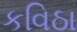
કવિઠા